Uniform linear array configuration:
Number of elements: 8
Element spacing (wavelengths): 0.5
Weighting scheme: hamming
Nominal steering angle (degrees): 0
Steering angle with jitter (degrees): -0.7458
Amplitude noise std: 0.05
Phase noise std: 0.05

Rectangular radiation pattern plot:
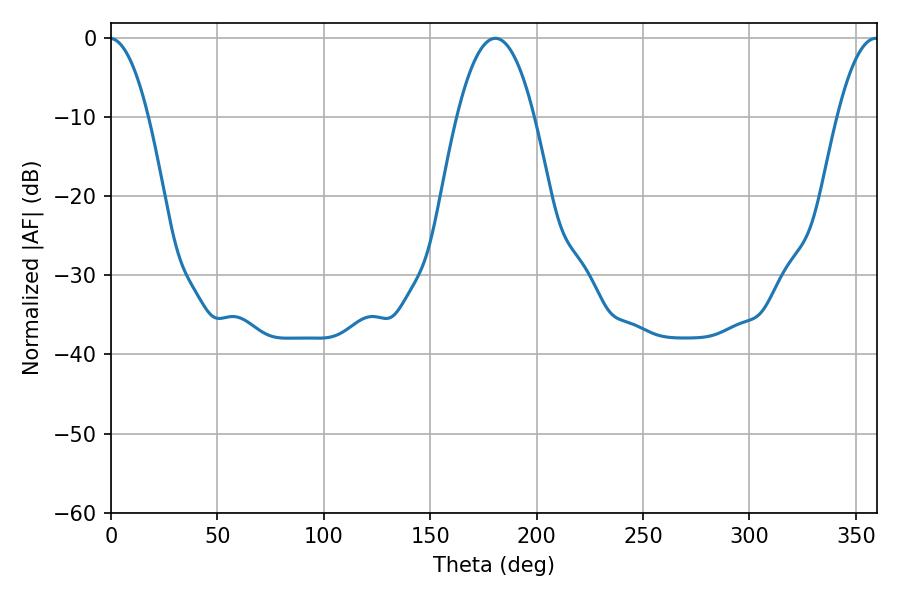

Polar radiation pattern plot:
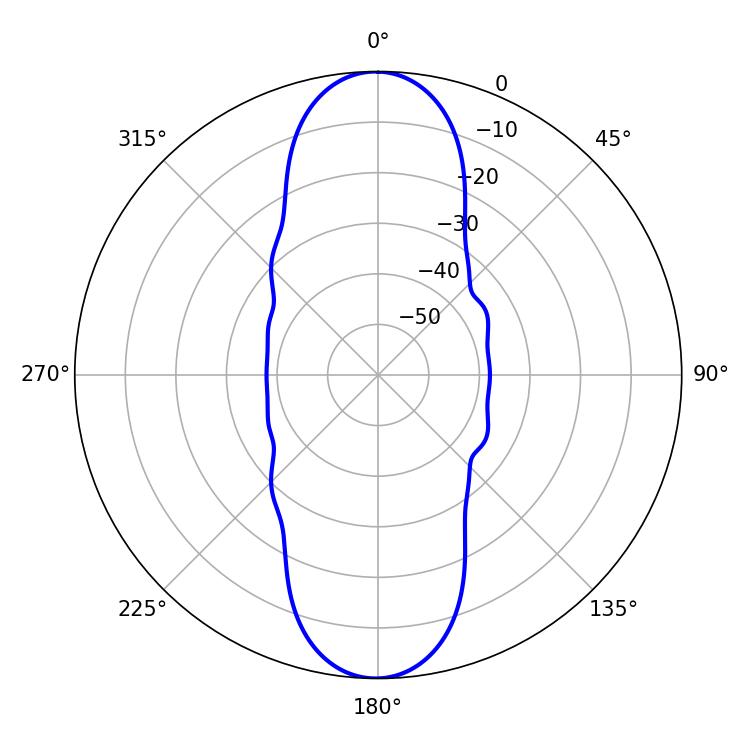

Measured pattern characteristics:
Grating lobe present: FALSE
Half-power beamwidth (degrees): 19.98
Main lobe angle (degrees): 180.54